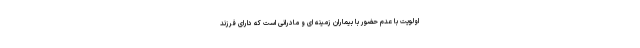
اولویت با عدم حضور با بیماران زمینه ای و مادرانی است که دارای فرزند